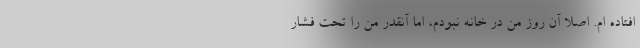
افتاده ام. اصلاً آن روز من در خانه نبودم، اما آنقدر من را تحت فشار